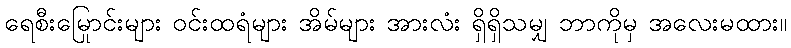
ရေစီးမြောင်းများ ဝင်းထရံများ အိမ်များ အားလုံး ရှိရှိသမျှ ဘာကိုမှ အလေးမထား။